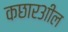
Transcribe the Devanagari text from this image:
कछार३ाील